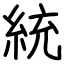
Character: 統